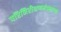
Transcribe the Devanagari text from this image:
परिनिरीक्षणमंडळाच्या